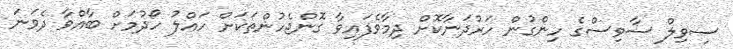
ސިވިލް ސާވިސްގެ ހިންގުން ހަރުދަނާކޮށް ދިމާވެފައިވާ ގޮންޖެހުންތަކަށް ހައްލު ހޯދުމަށް ބާއްވާ ދެވަނަ